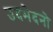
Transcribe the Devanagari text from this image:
उदभेदनो